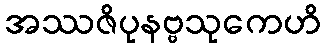
အဿဇိပုနဗ္ဗသုကေဟိ